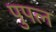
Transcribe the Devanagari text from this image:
पुपल